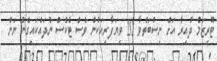
ޓޫރިޒަމް ދާއިރާ އަށް ނިސްބަތްވާ 20 ވިޔަފާރިއަކުން ވެސް ޓެކްސް ނުދައްކައިގެން ނަން